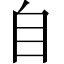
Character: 自